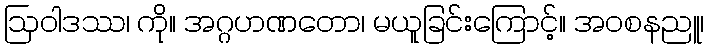
ဩဝါဒဿ၊ ကို။ အဂ္ဂဟဏတော၊ မယူခြင်းကြောင့်။ အဝစနညူ၊